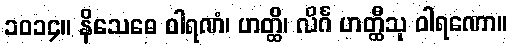
၁၀၁၄။ နိသေဓေ ဝါရဏံ၊ ဟတ္ထိ၊ လိင်္ဂ ဟတ္ထီသု ဝါရဏော။